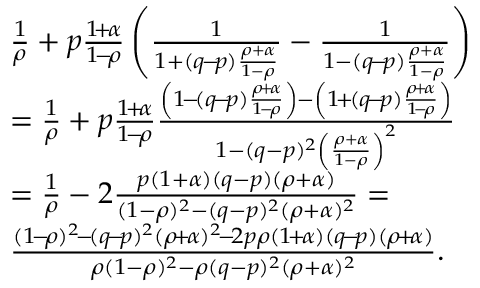
\begin{array} { r l } & { \frac { 1 } { \rho } + p \frac { 1 \! + \! \alpha } { 1 \! - \! \rho } \left( \frac { 1 } { 1 + ( q \! - \! p ) \frac { \rho + \alpha } { 1 - \rho } } - \frac { 1 } { 1 - ( q \! - \! p ) \frac { \rho + \alpha } { 1 - \rho } } \right) } \\ & { = \frac { 1 } { \rho } + p \frac { 1 \! + \! \alpha } { 1 \! - \! \rho } \frac { \left( 1 \! - \! ( q \! - \! p ) \frac { \rho \! + \! \alpha } { 1 \! - \! \rho } \right) - \left( 1 \! + \! ( q \! - \! p ) \frac { \rho \! + \! \alpha } { 1 \! - \! \rho } \right) } { 1 - ( q - p ) ^ { 2 } \left( \frac { \rho + \alpha } { 1 - \rho } \right) ^ { 2 } } } \\ & { = \frac { 1 } { \rho } - 2 \frac { p ( 1 + \alpha ) ( q - p ) ( \rho + \alpha ) } { ( 1 - \rho ) ^ { 2 } - ( q - p ) ^ { 2 } ( \rho + \alpha ) ^ { 2 } } = } \\ & { \frac { ( 1 \! - \! \rho ) ^ { 2 } \! - \! ( q \! - \! p ) ^ { 2 } ( \rho \! + \! \alpha ) ^ { 2 } \! - \! 2 p \rho ( 1 \! + \! \alpha ) ( q \! - \! p ) ( \rho \! + \! \alpha ) } { \rho ( 1 - \rho ) ^ { 2 } - \rho ( q - p ) ^ { 2 } ( \rho + \alpha ) ^ { 2 } } . } \end{array}